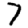
Digit: 7